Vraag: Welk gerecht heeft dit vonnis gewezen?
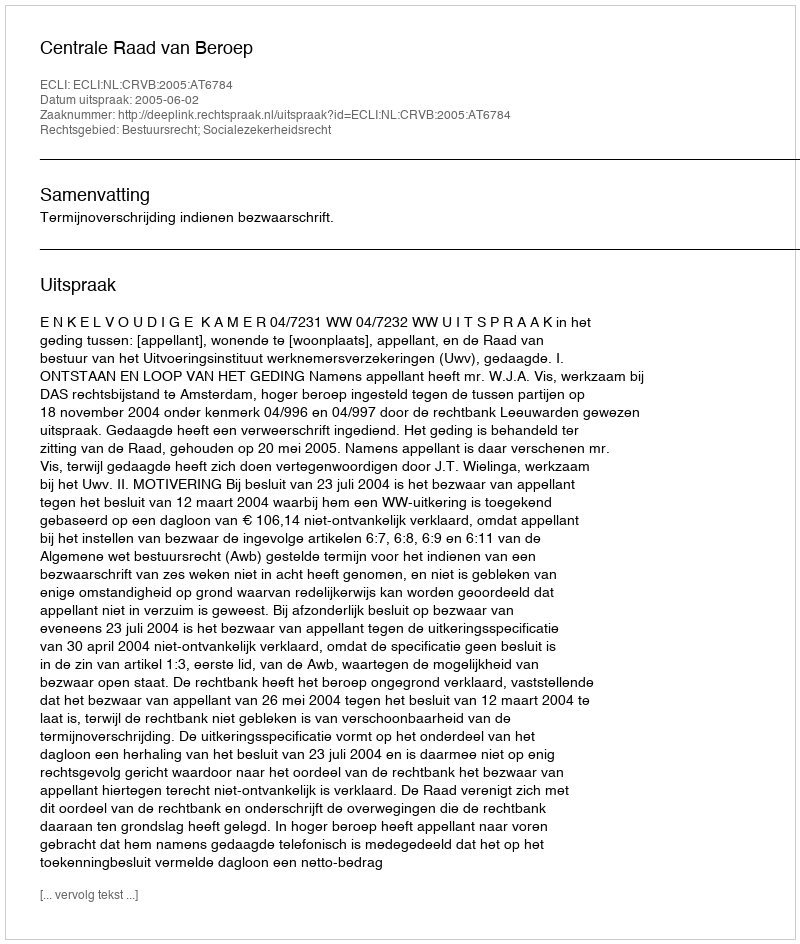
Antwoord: Centrale Raad van Beroep